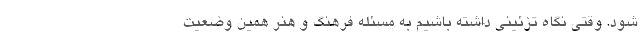
شود. وقتی نگاه تزئینی داشته باشیم به مسئله فرهنگ و هنر همین وضعیت